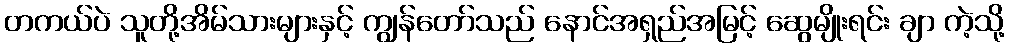
တကယ်ပဲ သူတို့အိမ်သားများနှင့် ကျွန်တော်သည် နောင်အရှည်အမြင့် ဆွေမျိုးရင်း ချာ ကဲ့သို့